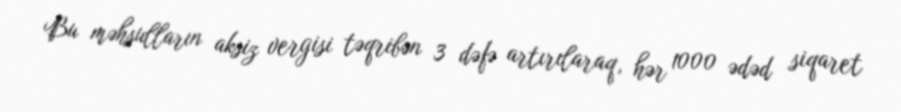
Bu məhsulların aksiz vergisi təqribən 3 dəfə artırılaraq, hər 1000 ədəd siqaret